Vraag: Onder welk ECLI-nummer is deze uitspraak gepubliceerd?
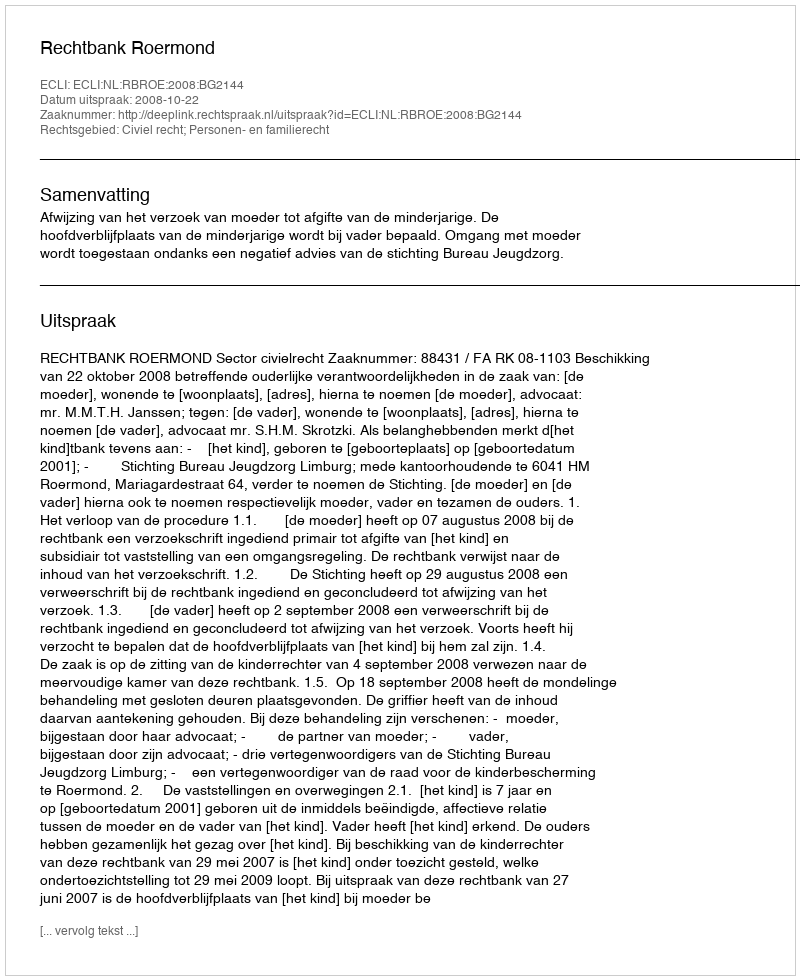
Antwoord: ECLI:NL:RBROE:2008:BG2144